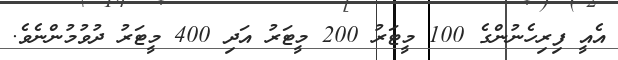
އެއީ ފިރިހެނުންގެ 100 މީޓަރު 200 މީޓަރު އަދި 400 މީޓަރު ދުވުމުންނެވެ.